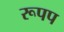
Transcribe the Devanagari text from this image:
रूपप